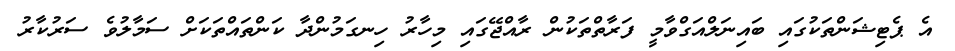
އެ ޕެޓިޝަންތަކުގައި ބައިނަލްއަގްވާމީ ފަރާތްތަކުން ރާއްޖޭގައި މިހާރު ހިނގަމުންދާ ކަންތައްތަކަށް ސަމާލުވެ ސަރުކާރު